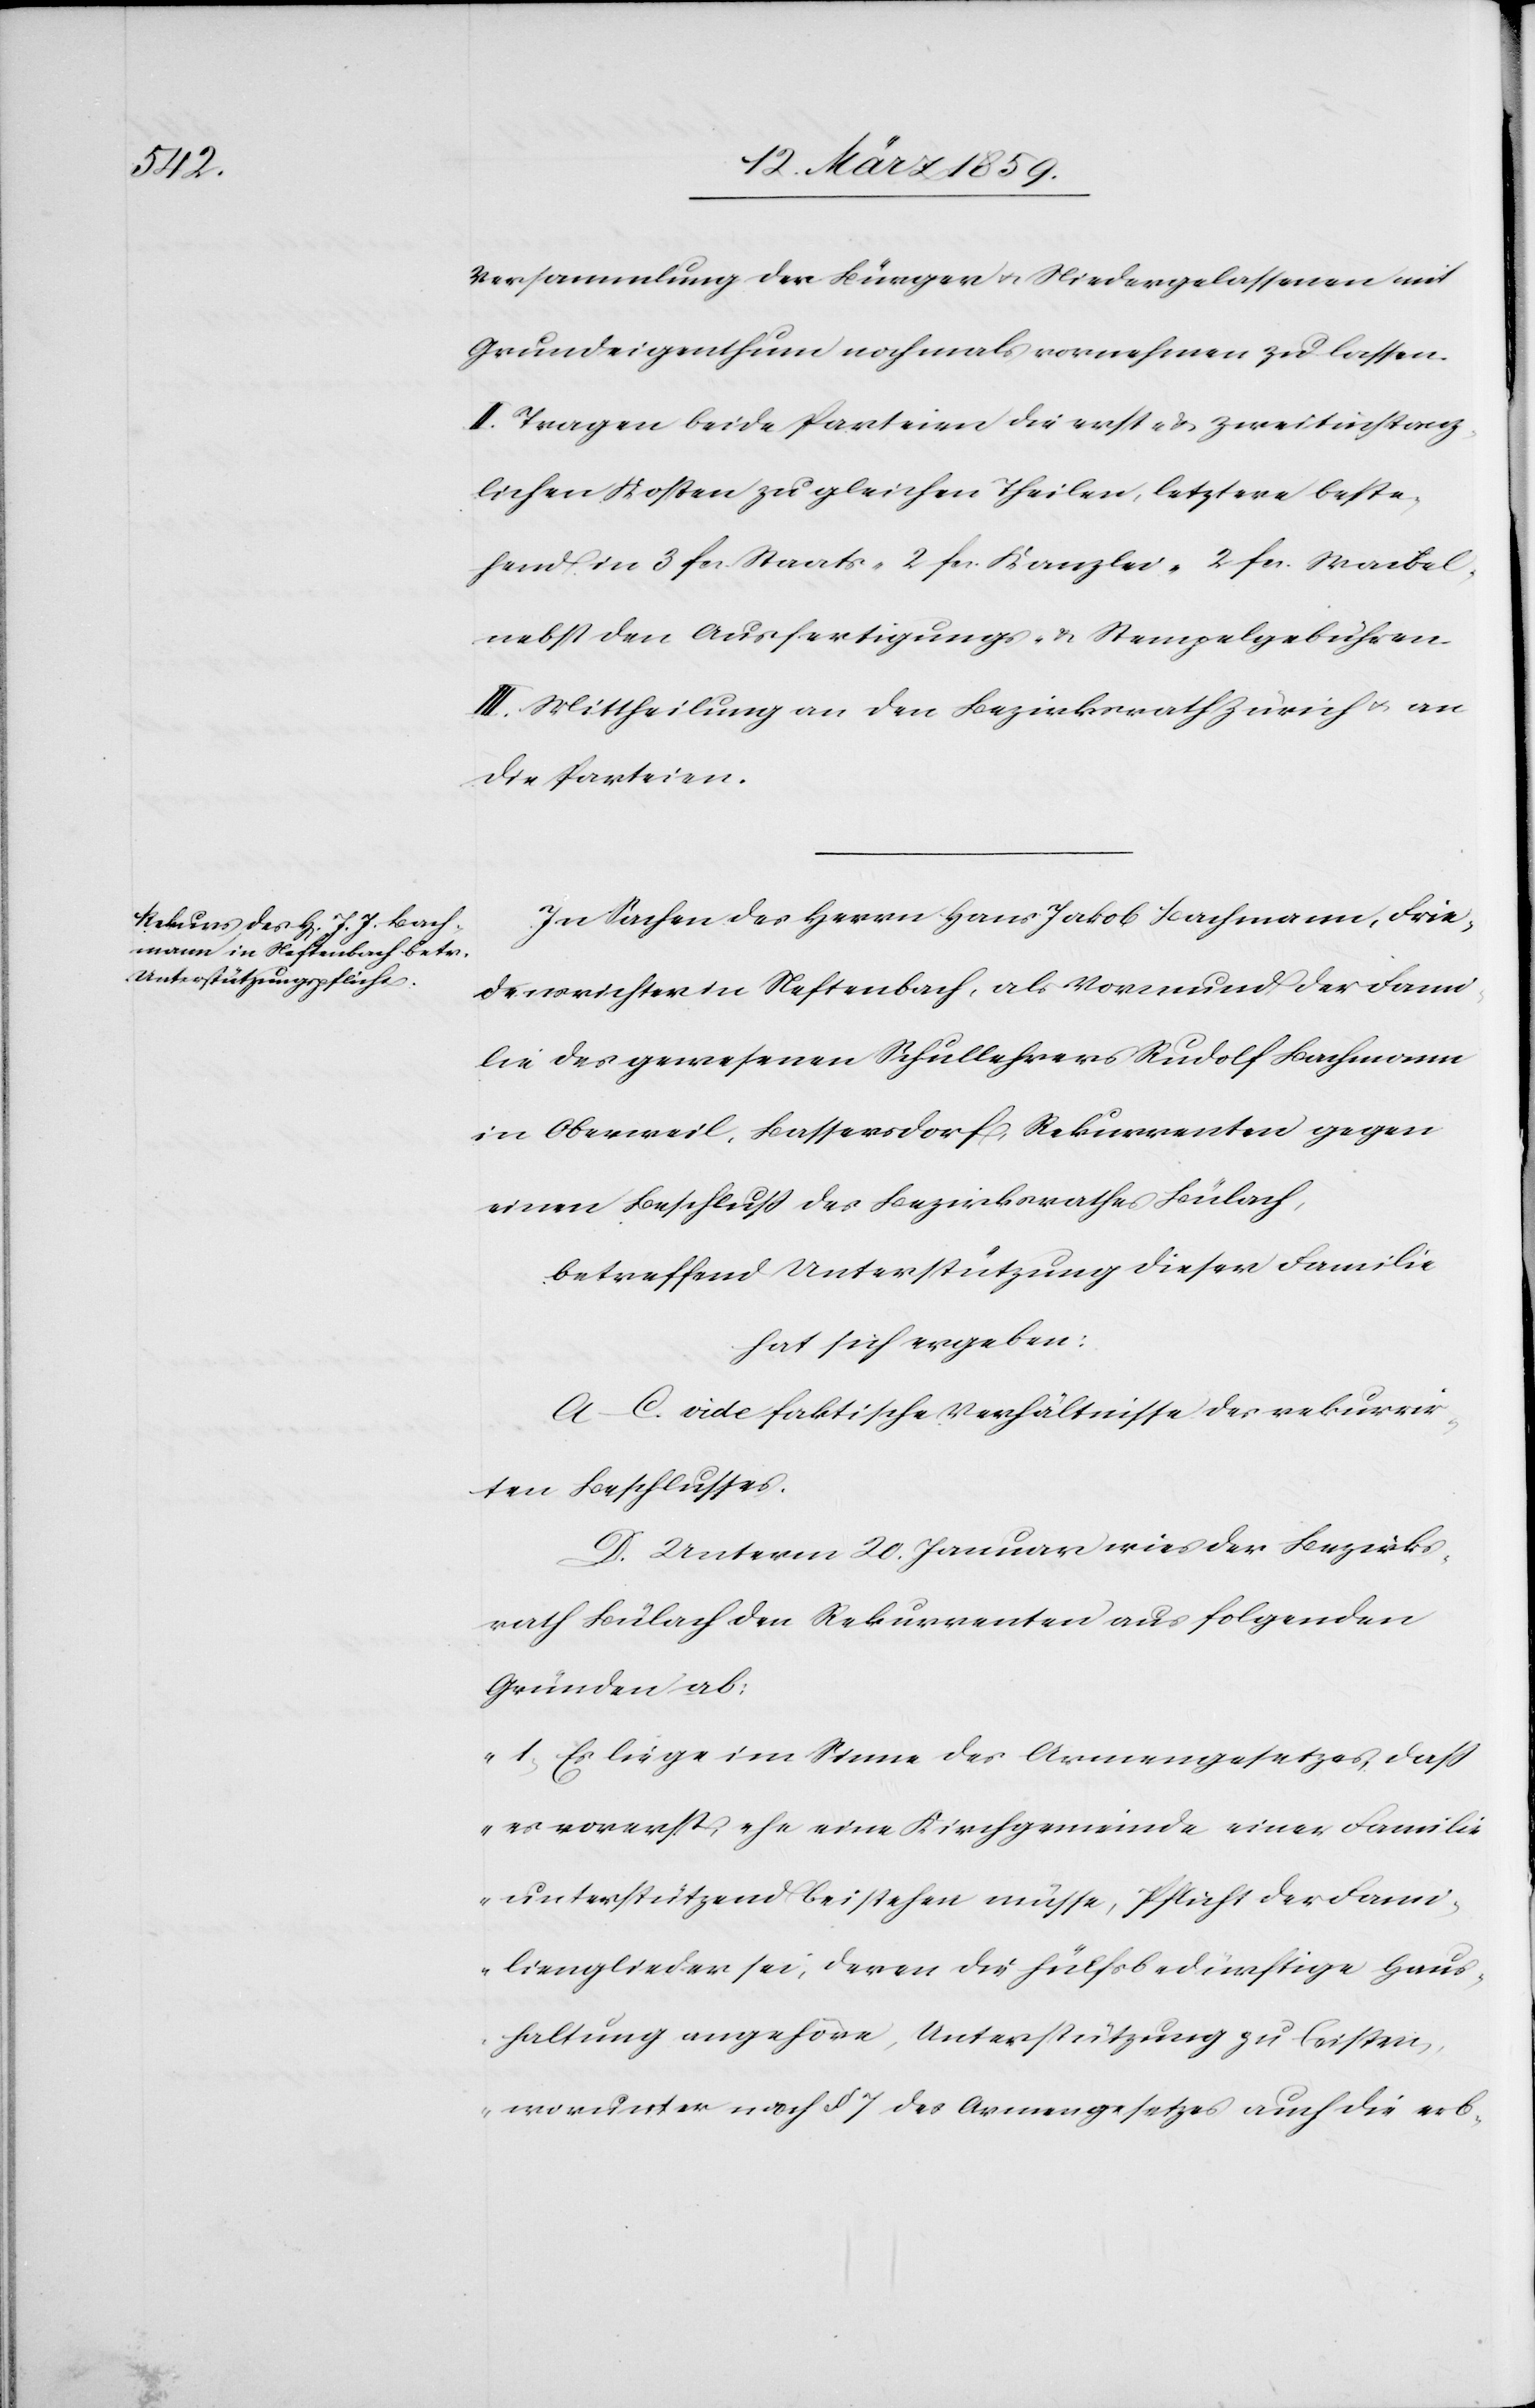
Versammlung der Bürger u. Niedergelassenen mit
Grundeigenthum nochmals vornehmen zu lassen.
II. Tragen beide Parteien die erst- & zweitinstanz¬
lichen Kosten zu gleichen Theilen, letztere beste¬
hen in 3 fcs. Staats-[,] 2 fcs. Kanzlei-[,] 2 fcs. Weibel-
nebst den Ausfertigungs- & Stempelgebühren.
III. Mittheilung an den Bezirksrath Zürich u. an
die Parteien.
In Sachen des Herrn Hans Jakob Bachmann, Frie¬
densrichter in Neftenbach, als Vormund der Fami¬
lie des gewesenen Schullehrers Rudolf Bachmann
in Oberweil, Bassersdorf, Rekurrenten gegen
einen Beschluß des Bezirksrathes Bülach,
betreffend Unterstützung dieser Familie
hat sich ergeben:
A.–C. vide faktische Verhältnisse des rekurrir¬
ten Beschlusses.
D. Unterm 20. Januar wies der Bezirks¬
rath Bülach den Rekurrenten aus folgenden
Gründen ab:
„1) Es liege im Sinne des Armengesetzes, daß
es vorerst, ehe eine Kirchgemeinde einer Familie
unterstützend beistehen müsse, Pflicht der Fami¬
lienglieder sei, deren die hülfsbedürftige Haus¬
haltung angehöre, Unterstützung zu leisten,
worunter nach § 7 des Armengesetzes auch die erb-